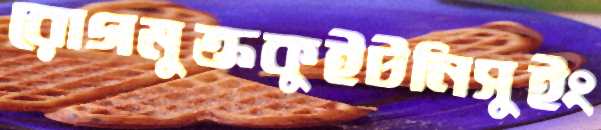
রোগমুক্তকুইটনিসুইং